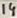
Text: 14